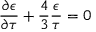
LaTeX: \frac { \partial \epsilon } { \partial \tau } + \frac { 4 } { 3 } \frac { \epsilon } { \tau } = 0